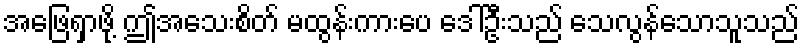
အဖြေရှာဖို့ ဤအသေးစိတ် မထွန်းကားပေ ဒေါ်ဦးသည် သေလွန်သောသူသည်